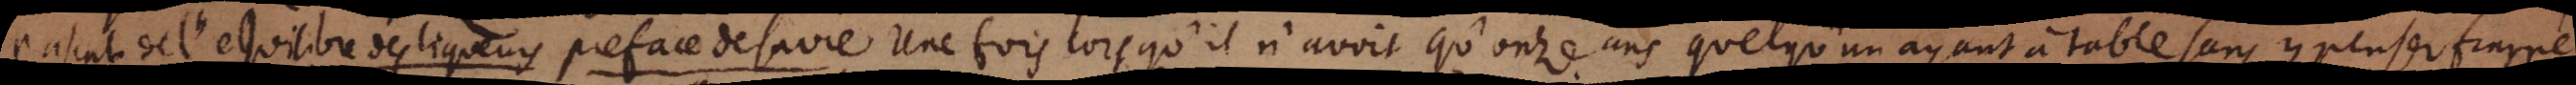
Pascal de l’equilibre des liqueurs preface de sa vie. Une fois lorsqu’il n’avoit qu’onze ans quelqu’un ayant à table sans y penser frappé